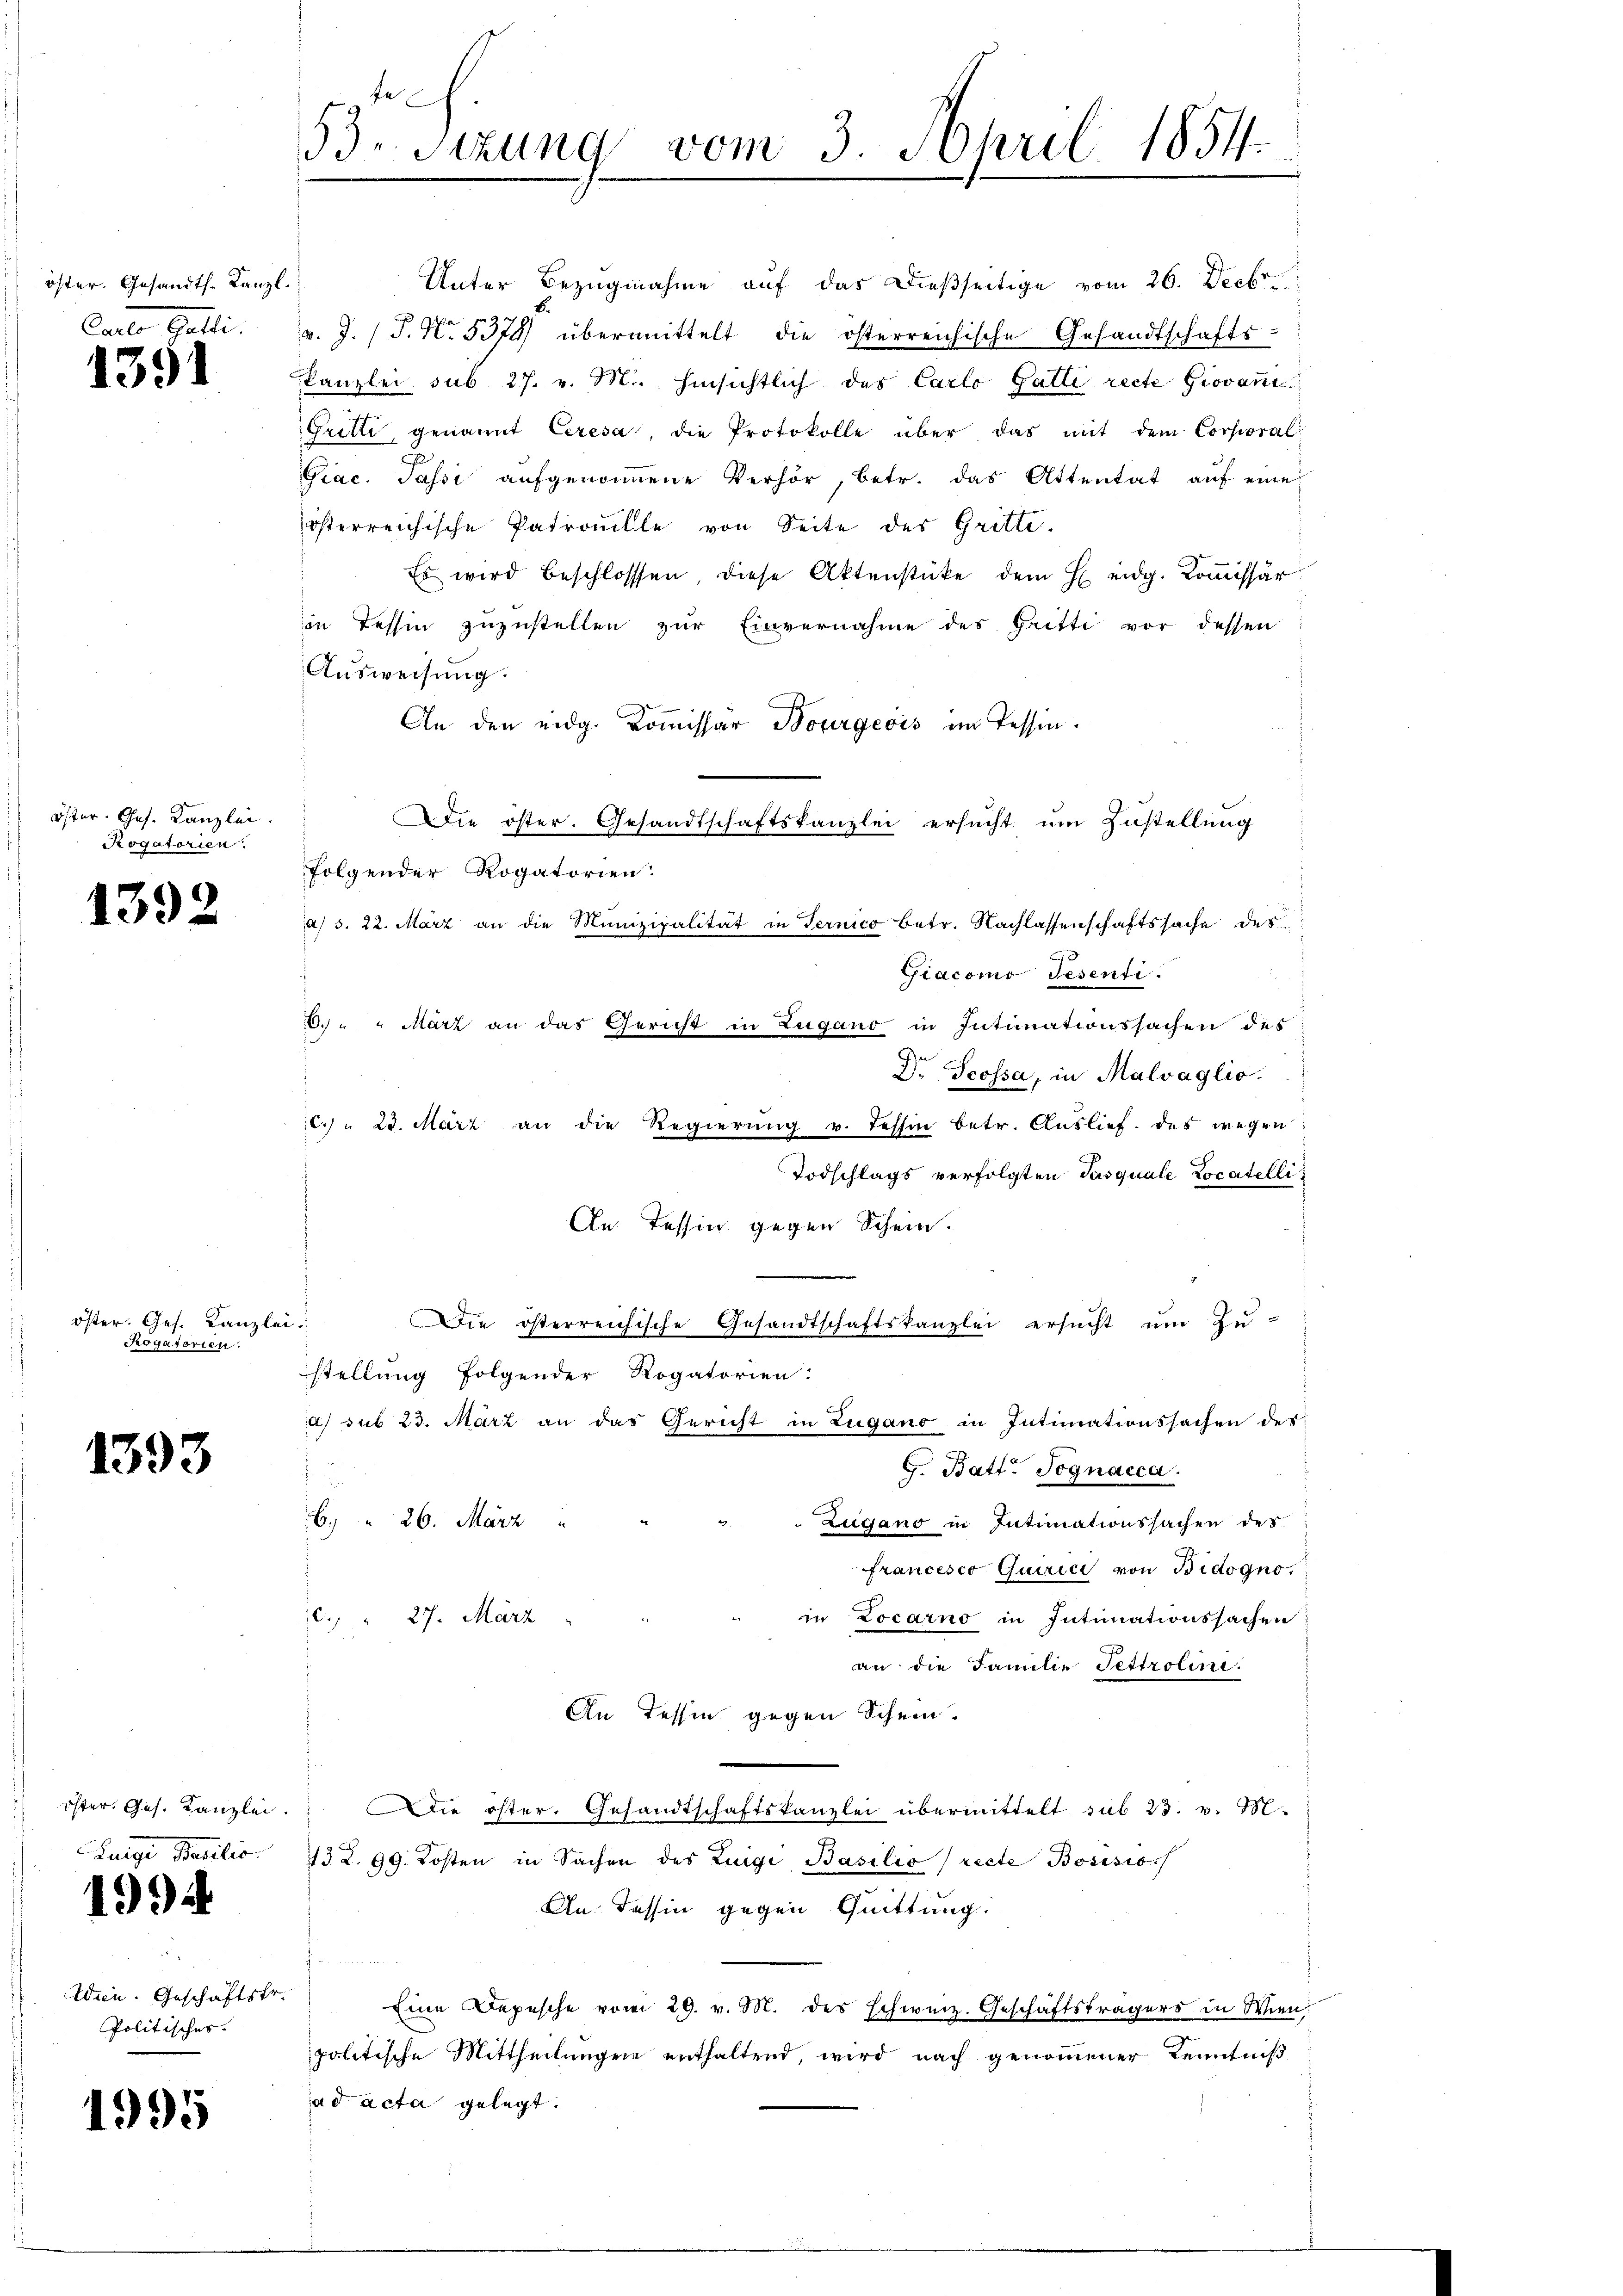
öster. Gesandth. Kanzl.
Carte Galli.

4391

öster. Ges. Kanzlei
Rogatorien.

1392

öster. Ges. Kanzlei.
Rogatorien.

1393

öster. Ges. Kanzlei.
Lunge Basilio.

1994

Wien. Geschäftsfr.
Politischer.

1995

53. Sitzung vom 3. April 1854.
.

Unter Bezugnahme auf das dießseitige vom 26. Decbr.
v. J. (T. N. 5374 übermittelt die österreichische Gesandtschafts-
kanzlei sub 27. v. M. hinsichtlich des Carlo Gatti recte Giovan
Gritti genannt Ceresa, die Protokolle über das mit dem Corporali
Giac. Passi aŭfgenommene Verhör, betr. das Attentat auf eine
österreichische Patrouille von Seite des Gritte.
Es wird beschlossen diese Aktenstücke dem H eidg. Kommissär
in Tessin zuzustellen zŭr Einvernahme des Gritti vor dessen
Ausweisung.
An den eidg. Kommissar Bourgeois im Tessin.
Die öster. Gesandtschaftskanzlei ersucht um Zustellung
folgender Rogatorien:
a) S. 22. März an die Munizipalität in Ternico betr. Nachlassenschaftssache des
Giacomo Tesenti.
6. " " März an das Gericht in Zugano in Intinationssachen des
Dr. Scossa, in Malvaglio.
6. " 23. März an die Regierŭng v. Tessin betr. Auslief. des wegen
Todschlags verfolgten Pasquale Locatelli
An Tessin gegen Schein.
Die österreichische Gesandtschaftskanzlei ersucht um Zu-
stellung folgender Rogatorien:
a) sub 23. März an das Gericht in Zugano in Intimationssachen des
G. Batt. Sognacca.
6. 26. März
Zugano in Intimationssachen des
francesco Quirici von Bidogno,
in Locarno in Intimationssachen:
c. " 27. März
an die Familie Tettrolin
An Tessin gegen Schein.
Die öster. Gesandtschaftskanzlei übermittelt sub 23. v. M.
73 Z. 99. Kosten in Sachen des Luigi Basilio (recte Bosisio
An Tessin gegen Quittung.
Eine Depesche vom 29. v. M. des schweiz. Geschäftsträgers in Wien
politische Mittheilungen enthaltend, wird nach genommener Kenntniß
ad acta gelegt.